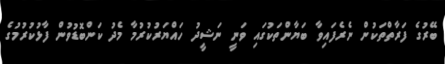
ބޭރުގެ ފަރާތްތަކުން ނެރެފައިވާ ބަޔާންތަކުގައި ވަނީ ނަޝީދު ހައްޔަރުކުރުމާ މެދު ކަންބޮޑުވުން ފާޅުކުރުމުގެ